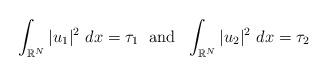
LaTeX: \begin{align*}\int_{\mathbb{R}^N}|u_1|^2\ dx=\tau_1 \ \ \textrm{and}\ \ \int_{\mathbb{R}^N}|u_2|^2\ dx=\tau_2\end{align*}